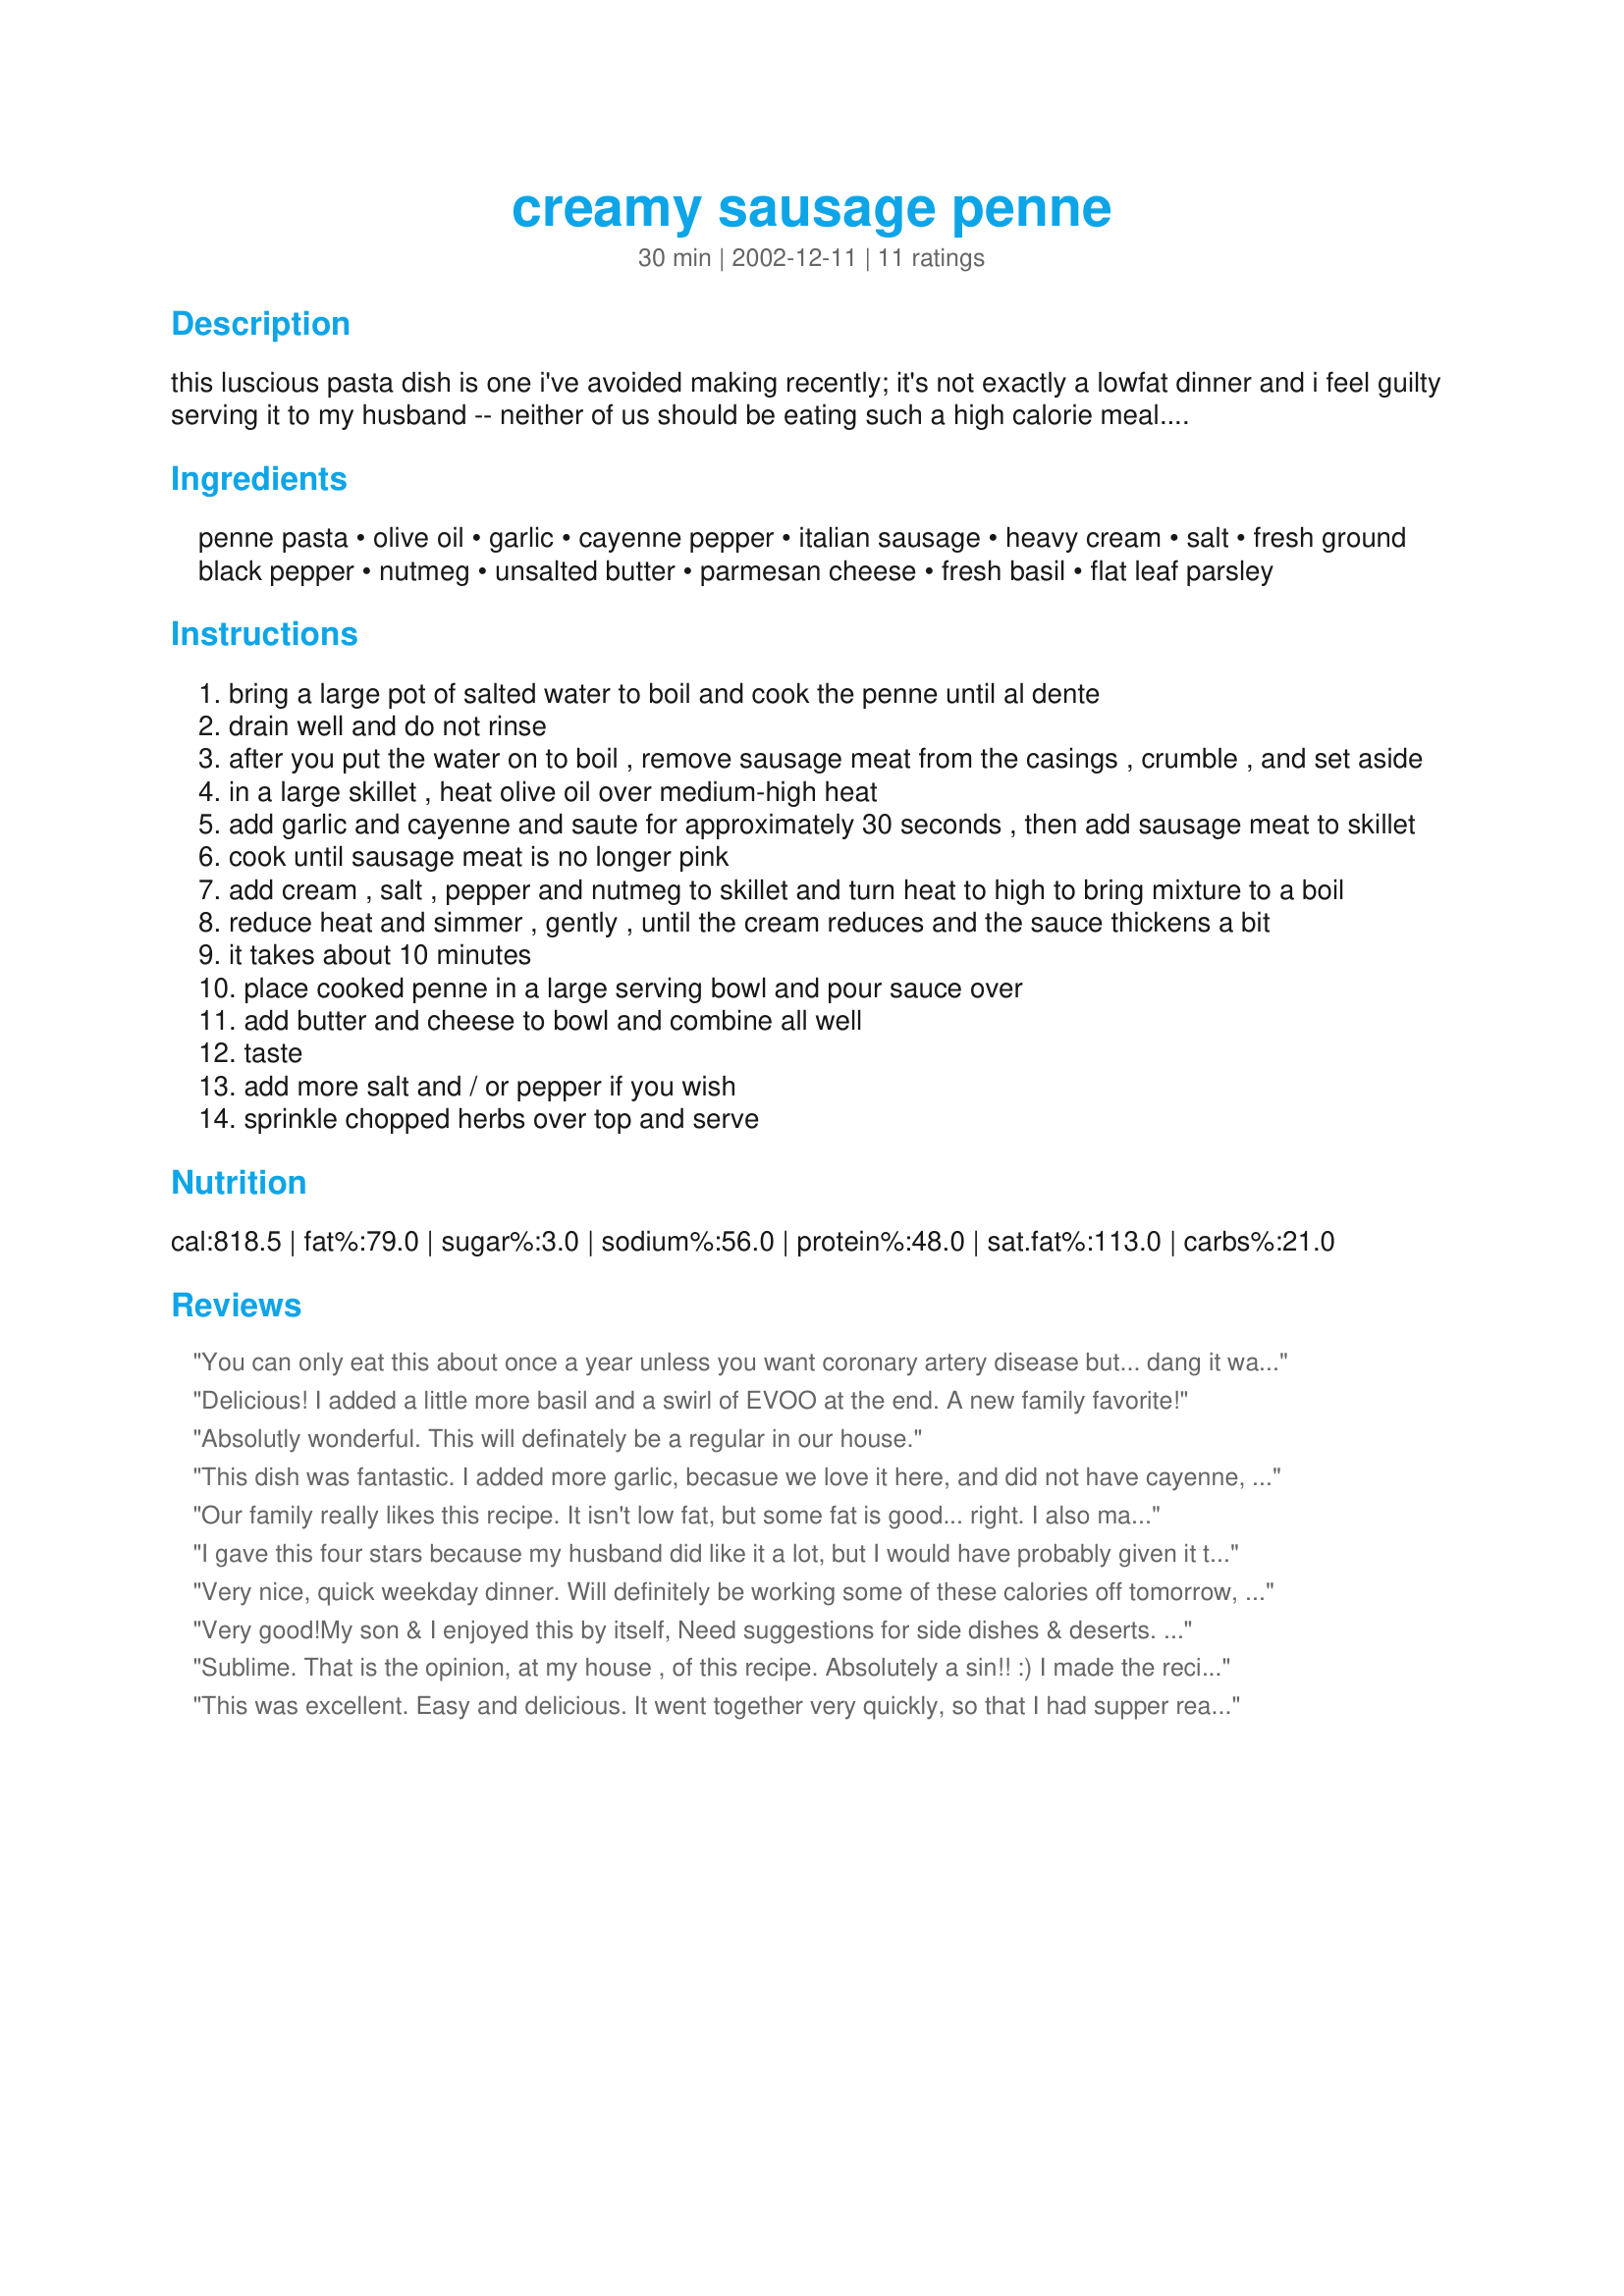
creamy sausage penne
Preparation time: 30 minutes

this luscious pasta dish is one i've avoided making recently; it's not exactly a lowfat dinner and i feel guilty serving it to my husband -- neither of us should be eating such a high calorie meal. but it's so, so good! even though i can't claim it's part of a healthy diet, i hope you try it at least once -- it's a fast, easy dish, after all! i serve this with a simple green salad.

Ingredients:
penne pasta, olive oil, garlic, cayenne pepper, italian sausage, heavy cream, salt, fresh ground black pepper, nutmeg, unsalted butter, parmesan cheese, fresh basil, flat leaf parsley

Steps:
bring a large pot of salted water to boil and cook the penne until al dente
drain well and do not rinse
after you put the water on to boil , remove sausage meat from the casings , crumble , and set aside
in a large skillet , heat olive oil over medium-high heat
add garlic and cayenne and saute for approximately 30 seconds , then add sausage meat to skillet
cook until sausage meat is no longer pink
add cream , salt , pepper and nutmeg to skillet and turn heat to high to bring mixture to a boil
reduce heat and simmer , gently , until the cream reduces and the sauce thickens a bit
it takes about 10 minutes
place cooked penne in a large serving bowl and pour sauce over
add butter and cheese to bowl and combine all well
taste
add more salt and / or pepper if you wish
sprinkle chopped herbs over top and serve

Reviews:
You can only eat this about once a year unless you want coronary artery disease but... dang it was good. Get out the stints, doc! I'm goin' back in!
Delicious! I added a little more basil and a swirl of EVOO at the end. A new family favorite!
Absolutly wonderful. This will definately be a regular in our house.
This dish was fantastic. I added more garlic, becasue we love it here, and did not have cayenne, but substitued chili powder. Also, I am a vegetarian, so I used seitan instead of traditional sausage and added about 1/4 cup of red onion in with the garlic. It was awesome!!!!
Our family really likes this recipe. It isn't low fat, but some fat is good... right. I also made for a family that needed a meal. They loved it and asked for the recipe! It was a great left-over!
I gave this four stars because my husband did like it a lot, but I would have probably given it three. I expected a creamy sauce and a much better dish based on the other reviews. I would prefer to drain most of the sausage grease and oil next time before adding the cream. Hopefully that will make it a little more creamy rather than oily. It was fast and easy and had a good flavor.
Very nice, quick weekday dinner. Will definitely be working some of these calories off tomorrow, but it was worth it. Thanks Lennie!

(Btw Jacelya, Italians are very fond of nutmeg and often pair it with cream in sauces or desserts. It's also often used with spinach or squash.)
Very good!My son & I enjoyed this by itself, Need suggestions for side dishes & deserts. Would like to serve to dinner guests.
Sublime. That is the opinion, at my house , of this recipe. Absolutely a sin!! :)
I made the recipe exactly as stated. No substitutions , didn't leave a thing out. And for that , I was rewarded ... MMMMMMMmmmmMMmmm!!!!! It won't be made OFTEN (lord even my arteries couldn't handle that LOL) but when it IS made, it will be relished! Thanks for posting this recipe Lennie!!
This was excellent. Easy and delicious. It went together very quickly, so that I had supper ready within 30 minutes, and that included time to make a salad and biscuits. Plus, it made a ton, so I have extra to freeze for lunches. This will be something I make often.
While this dish was easy to make, I had a couple of problems with it: I did not care for the nutmeg, because it interfered with the distinctive Italian experience in the mouth; the sauce was not truly 'creamy' as described, but rather too dry with only an insubstantive showing of coating over the penne; and finally the sausage needed a sweet counterbalance, in my opinion. Just okay.
